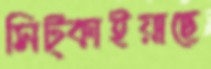
সিট্‌কাইয়াছে